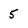
Character: 5